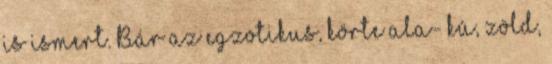
is ismert. Bár az egzotikus, körte ala- kú, zöld,